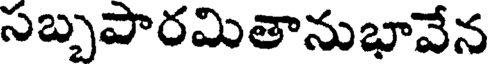
సబ్బపారమితానుభావేన